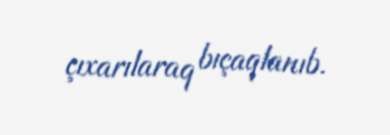
çıxarılaraq bıçaqlanıb.